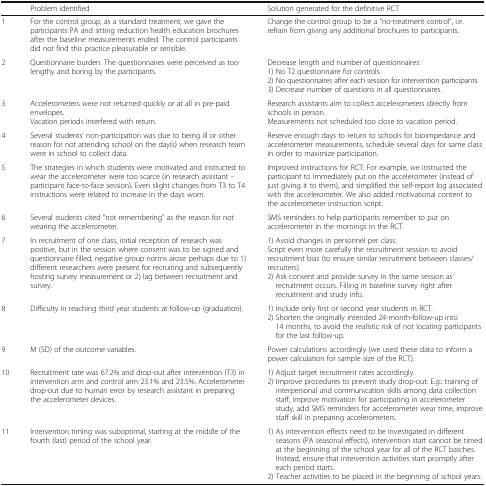
<table><thead><tr><td></td><td><b>Problem identified</b></td><td><b>Solution generated for the definitive RCT</b></td></tr></thead><tbody><tr><td>1</td><td>For the control group, as a standard treatment, we gave the participants PA and sitting reduction health education brochures after the baseline measurements ended. The control participants did not find this practice pleasurable or sensible.</td><td>Change the control group to be a “no-treatment control”, i.e. refrain from giving any additional brochures to participants.</td></tr><tr><td>2</td><td>Questionnaire burden. The questionnaires were perceived as too lengthy and boring by the participants.</td><td>Decrease length and number of questionnaires:1) No T2 questionnaire for controls.2) No questionnaires after each session for intervention participants.3) Decrease number of questions in all questionnaires.</td></tr><tr><td>3</td><td>Accelerometers were not returned quickly or at all in pre-paid envelopes.Vacation periods interfered with return.</td><td>Research assistants aim to collect accelerometers directly from schools in person.Measurements not scheduled too close to vacation period.</td></tr><tr><td>4</td><td>Several students’ non-participation was due to being ill or other reason for not attending school on the day(s) when research team were in school to collect data.</td><td>Reserve enough days to return to schools for bioimpedance and accelerometer measurements, schedule several days for same class in order to maximize participation.</td></tr><tr><td>5</td><td>The strategies in which students were motivated and instructed to wear the accelerometer were too scarce (in research assistant – participant face-to-face session). Even slight changes from T3 to T4 instructions were related to increase in the days worn.</td><td>Improved instructions for RCT: For example, we instructed the participant to immediately put on the accelerometer (instead of just giving it to them), and simplified the self-report log associated with the accelerometer. We also added motivational content to the accelerometer instruction script.</td></tr><tr><td>6</td><td>Several students cited “not remembering” as the reason for not wearing the accelerometer.</td><td>SMS reminders to help participants remember to put on accelerometer in the mornings in the RCT.</td></tr><tr><td>7</td><td>In recruitment of one class, initial reception of research was positive, but in the session where consent was to be signed and questionnaire filled, negative group norms arose perhaps due to 1) different researchers were present for recruiting and subsequently hosting survey measurement or 2) lag between recruitment and survey.</td><td>1) Avoid changes in personnel per class.Script even more carefully the recruitment session to avoid recruitment bias (to ensure similar recruitment between classes/recruiters).2) Ask consent and provide survey in the same session as recruitment occurs. Filling in baseline survey right after recruitment and study info.</td></tr><tr><td>8</td><td>Difficulty in reaching third year students at follow-up (graduation).</td><td>1) Include only first or second year students in RCT.2) Shorten the originally intended 24-month-follow-up into 14 months, to avoid the realistic risk of not locating participants for the last follow-up.</td></tr><tr><td>9</td><td>M (SD) of the outcome variables.</td><td>Power calculations accordingly (we used these data to inform a power calculation for sample size of the RCT).</td></tr><tr><td>10</td><td>Recruitment rate was 67.2% and drop-out after intervention (T3) in intervention arm and control arm 23.1% and 23.5%. Accelerometer drop-out due to human error by research assistant in preparing the accelerometer devices.</td><td>1) Adjust target recruitment rates accordingly.2) Improve procedures to prevent study drop-out: E.g.: training of interpersonal and communication skills among data collection staff, improve motivation for participating in accelerometer study, add SMS reminders for accelerometer wear time, improve staff skill in preparing accelerometers.</td></tr><tr><td>11</td><td>Intervention timing was suboptimal, starting at the middle of the fourth (last) period of the school year.</td><td>1) As intervention effects need to be investigated in different seasons (PA seasonal effects), intervention start cannot be timed at the beginning of the school year for all of the RCT batches. Instead, ensure that intervention activities start promptly after each period starts.2) Teacher activities to be placed in the beginning of school years.</td></tr></tbody></table>